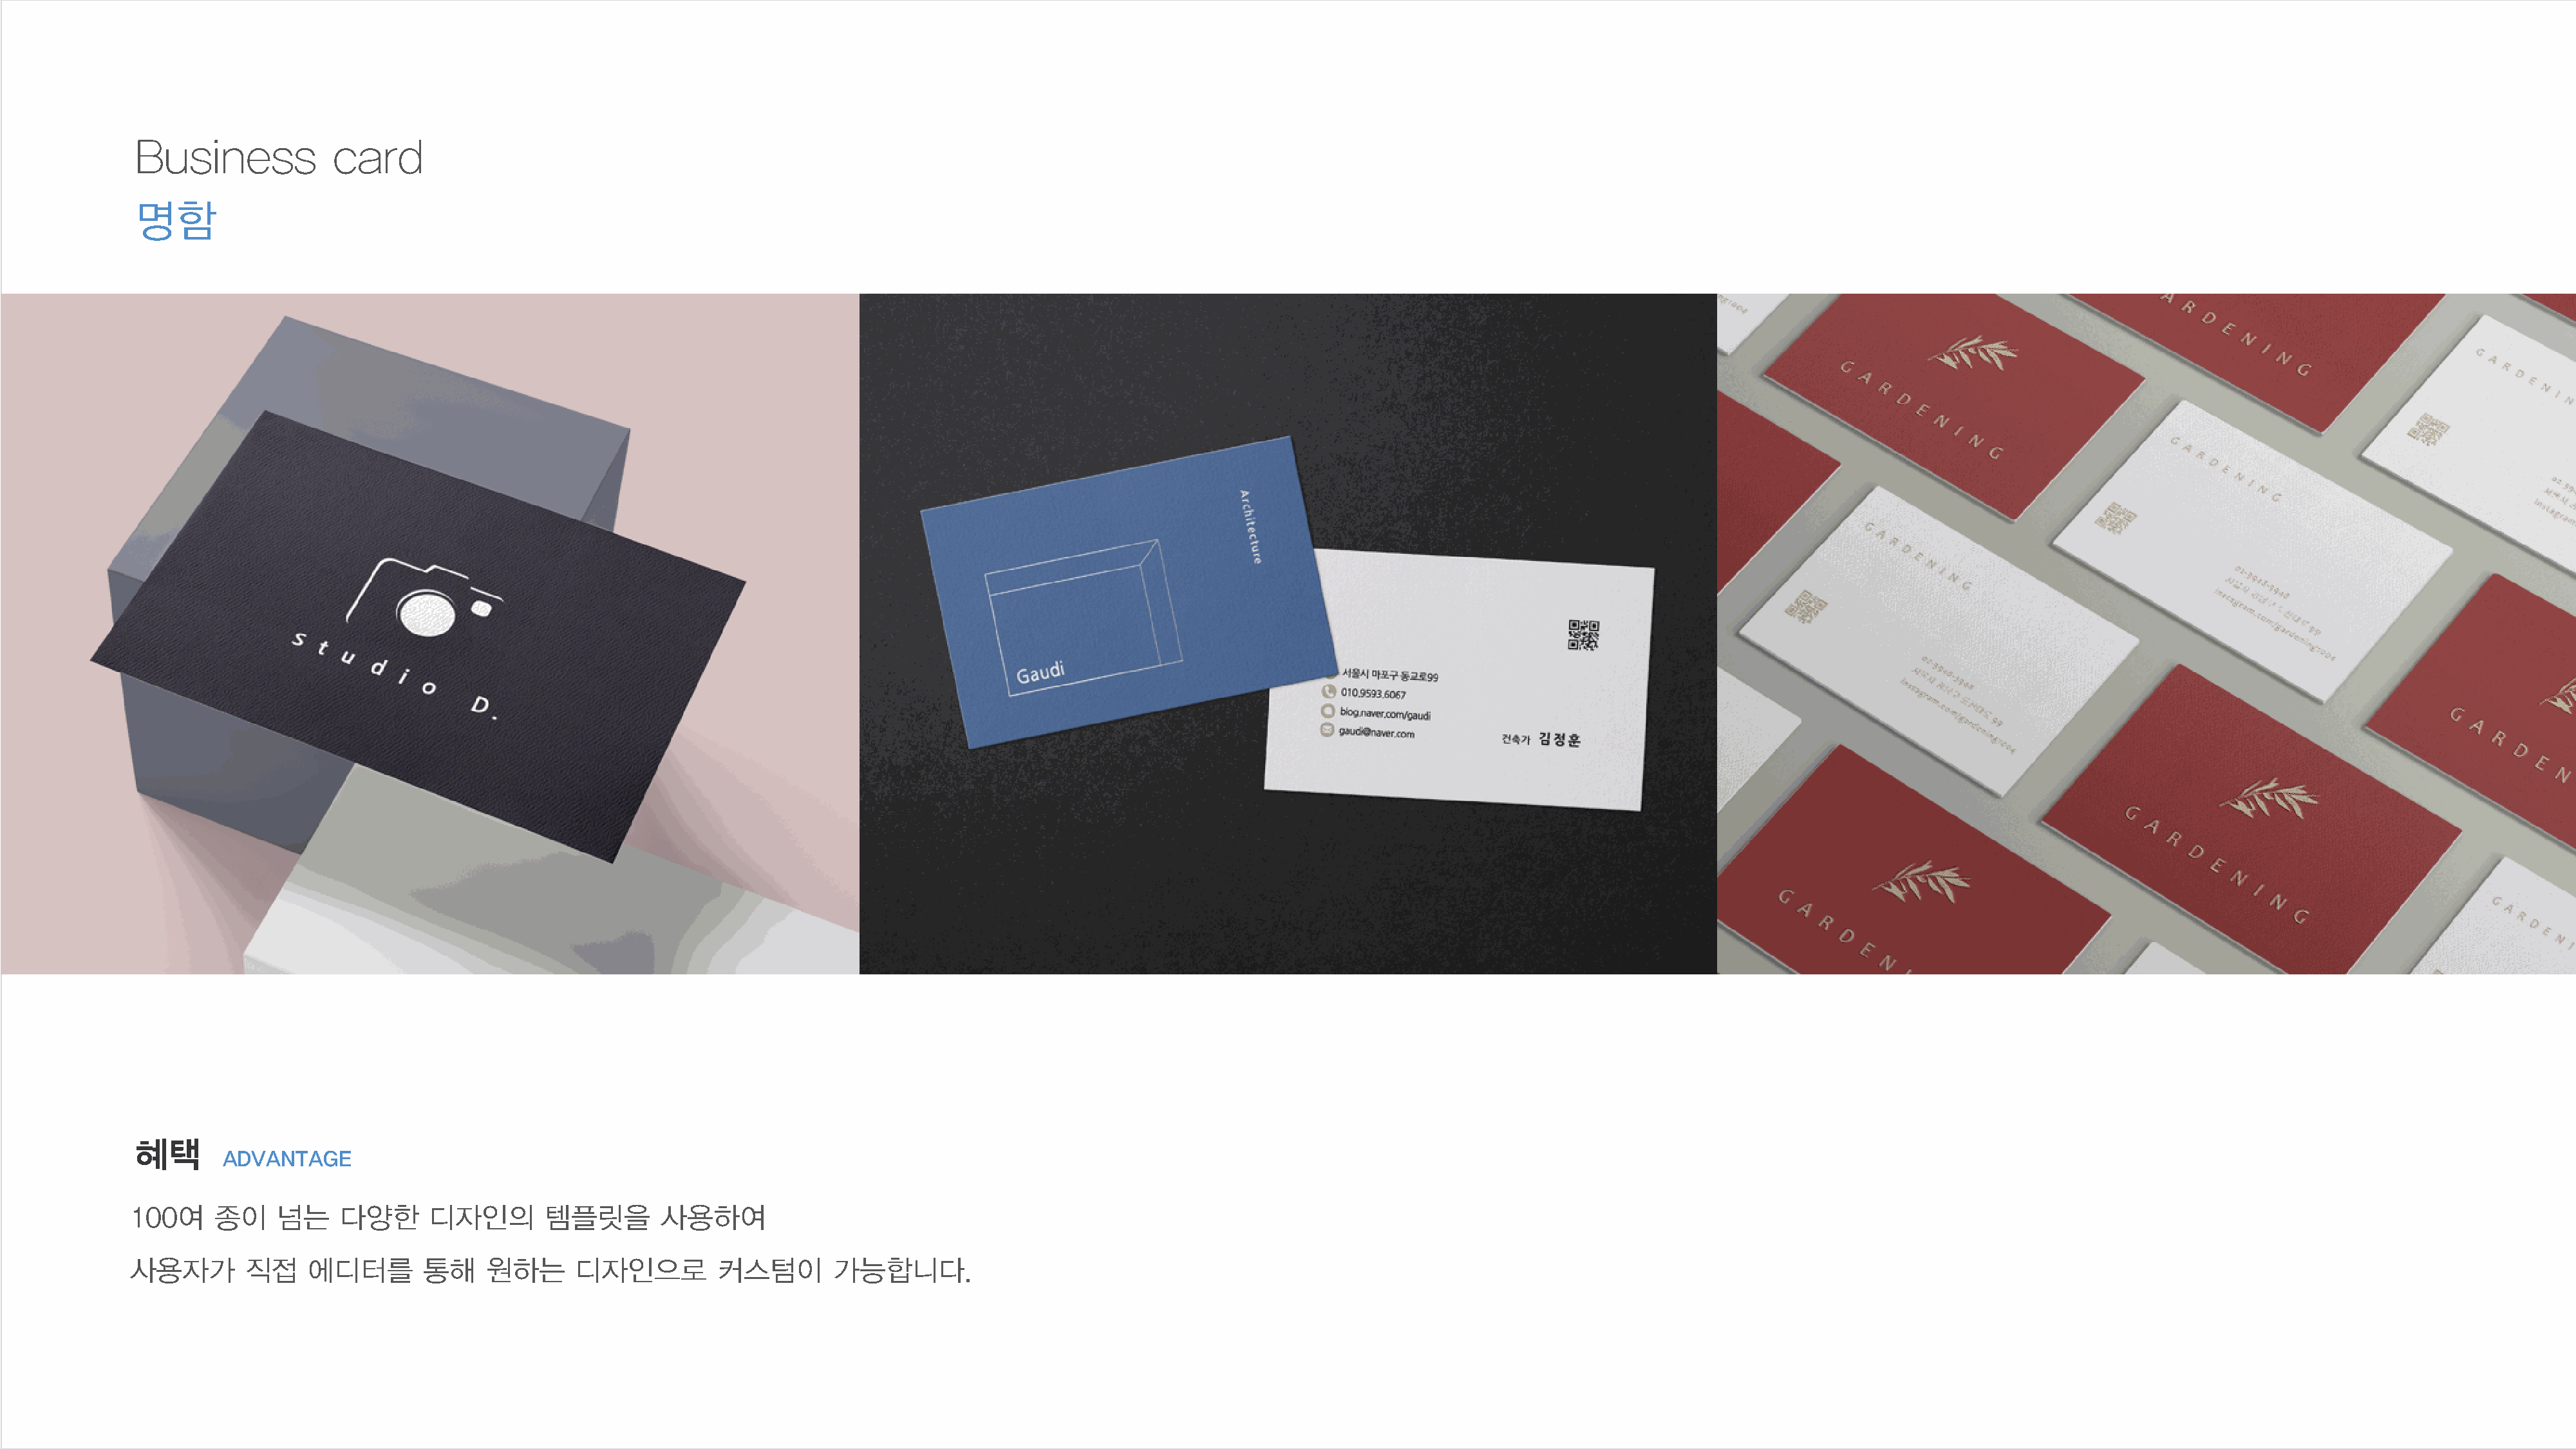
Business            card
 명함
 혜택
 ADVANTAGE
 100여     종이     넘는    다양한      디자인의        템플릿을        사용하여
 사용자가        직접     에디터를        통해    원하는      디자인으로          커스텀이        가능합니다.